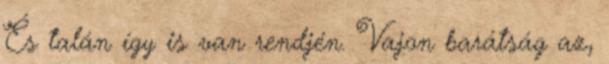
És talán így is van rendjén. Vajon barátság az,